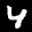
Label: 4